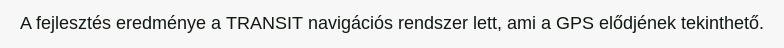
A fejlesztés eredménye a TRANSIT navigációs rendszer lett, ami a GPS elődjének tekinthető.